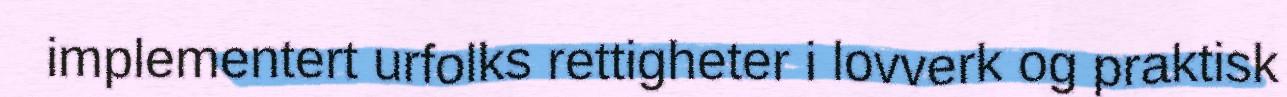
implementert urfolks rettigheter i lovverk og praktisk